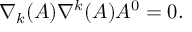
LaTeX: \nabla _ { k } ( A ) \nabla ^ { k } ( A ) A ^ { 0 } = 0 .